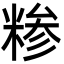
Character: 糁